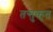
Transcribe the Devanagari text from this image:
तन्तुकृत